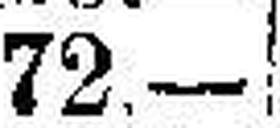
72.—